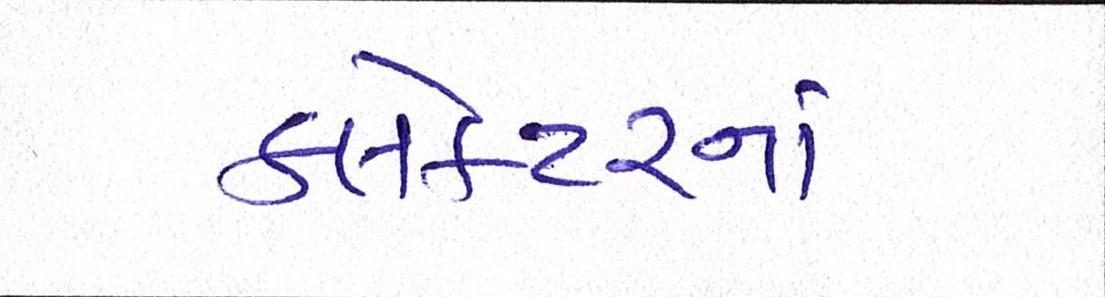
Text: કલેકટરનાં